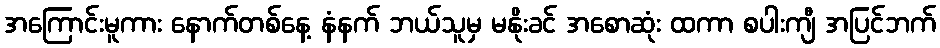
အကြောင်းမူကား နောက်တစ်နေ့ နံနက် ဘယ်သူမှ မနိုးခင် အစောဆုံး ထကာ စပါးကျီ အပြင်ဘက်